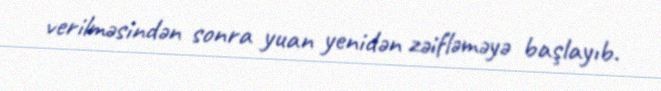
verilməsindən sonra yuan yenidən zəifləməyə başlayıb.